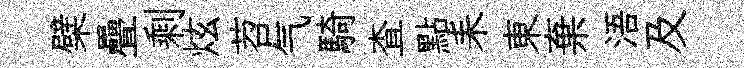
檗疊剩炫苕气騎查點耒東棄浯及